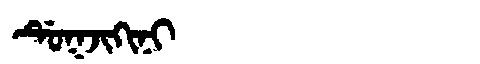
Manchu: ᡩᡠᡴᠵᡳᡴᡳᠨᡳ
Romanization: DUKJIKINI